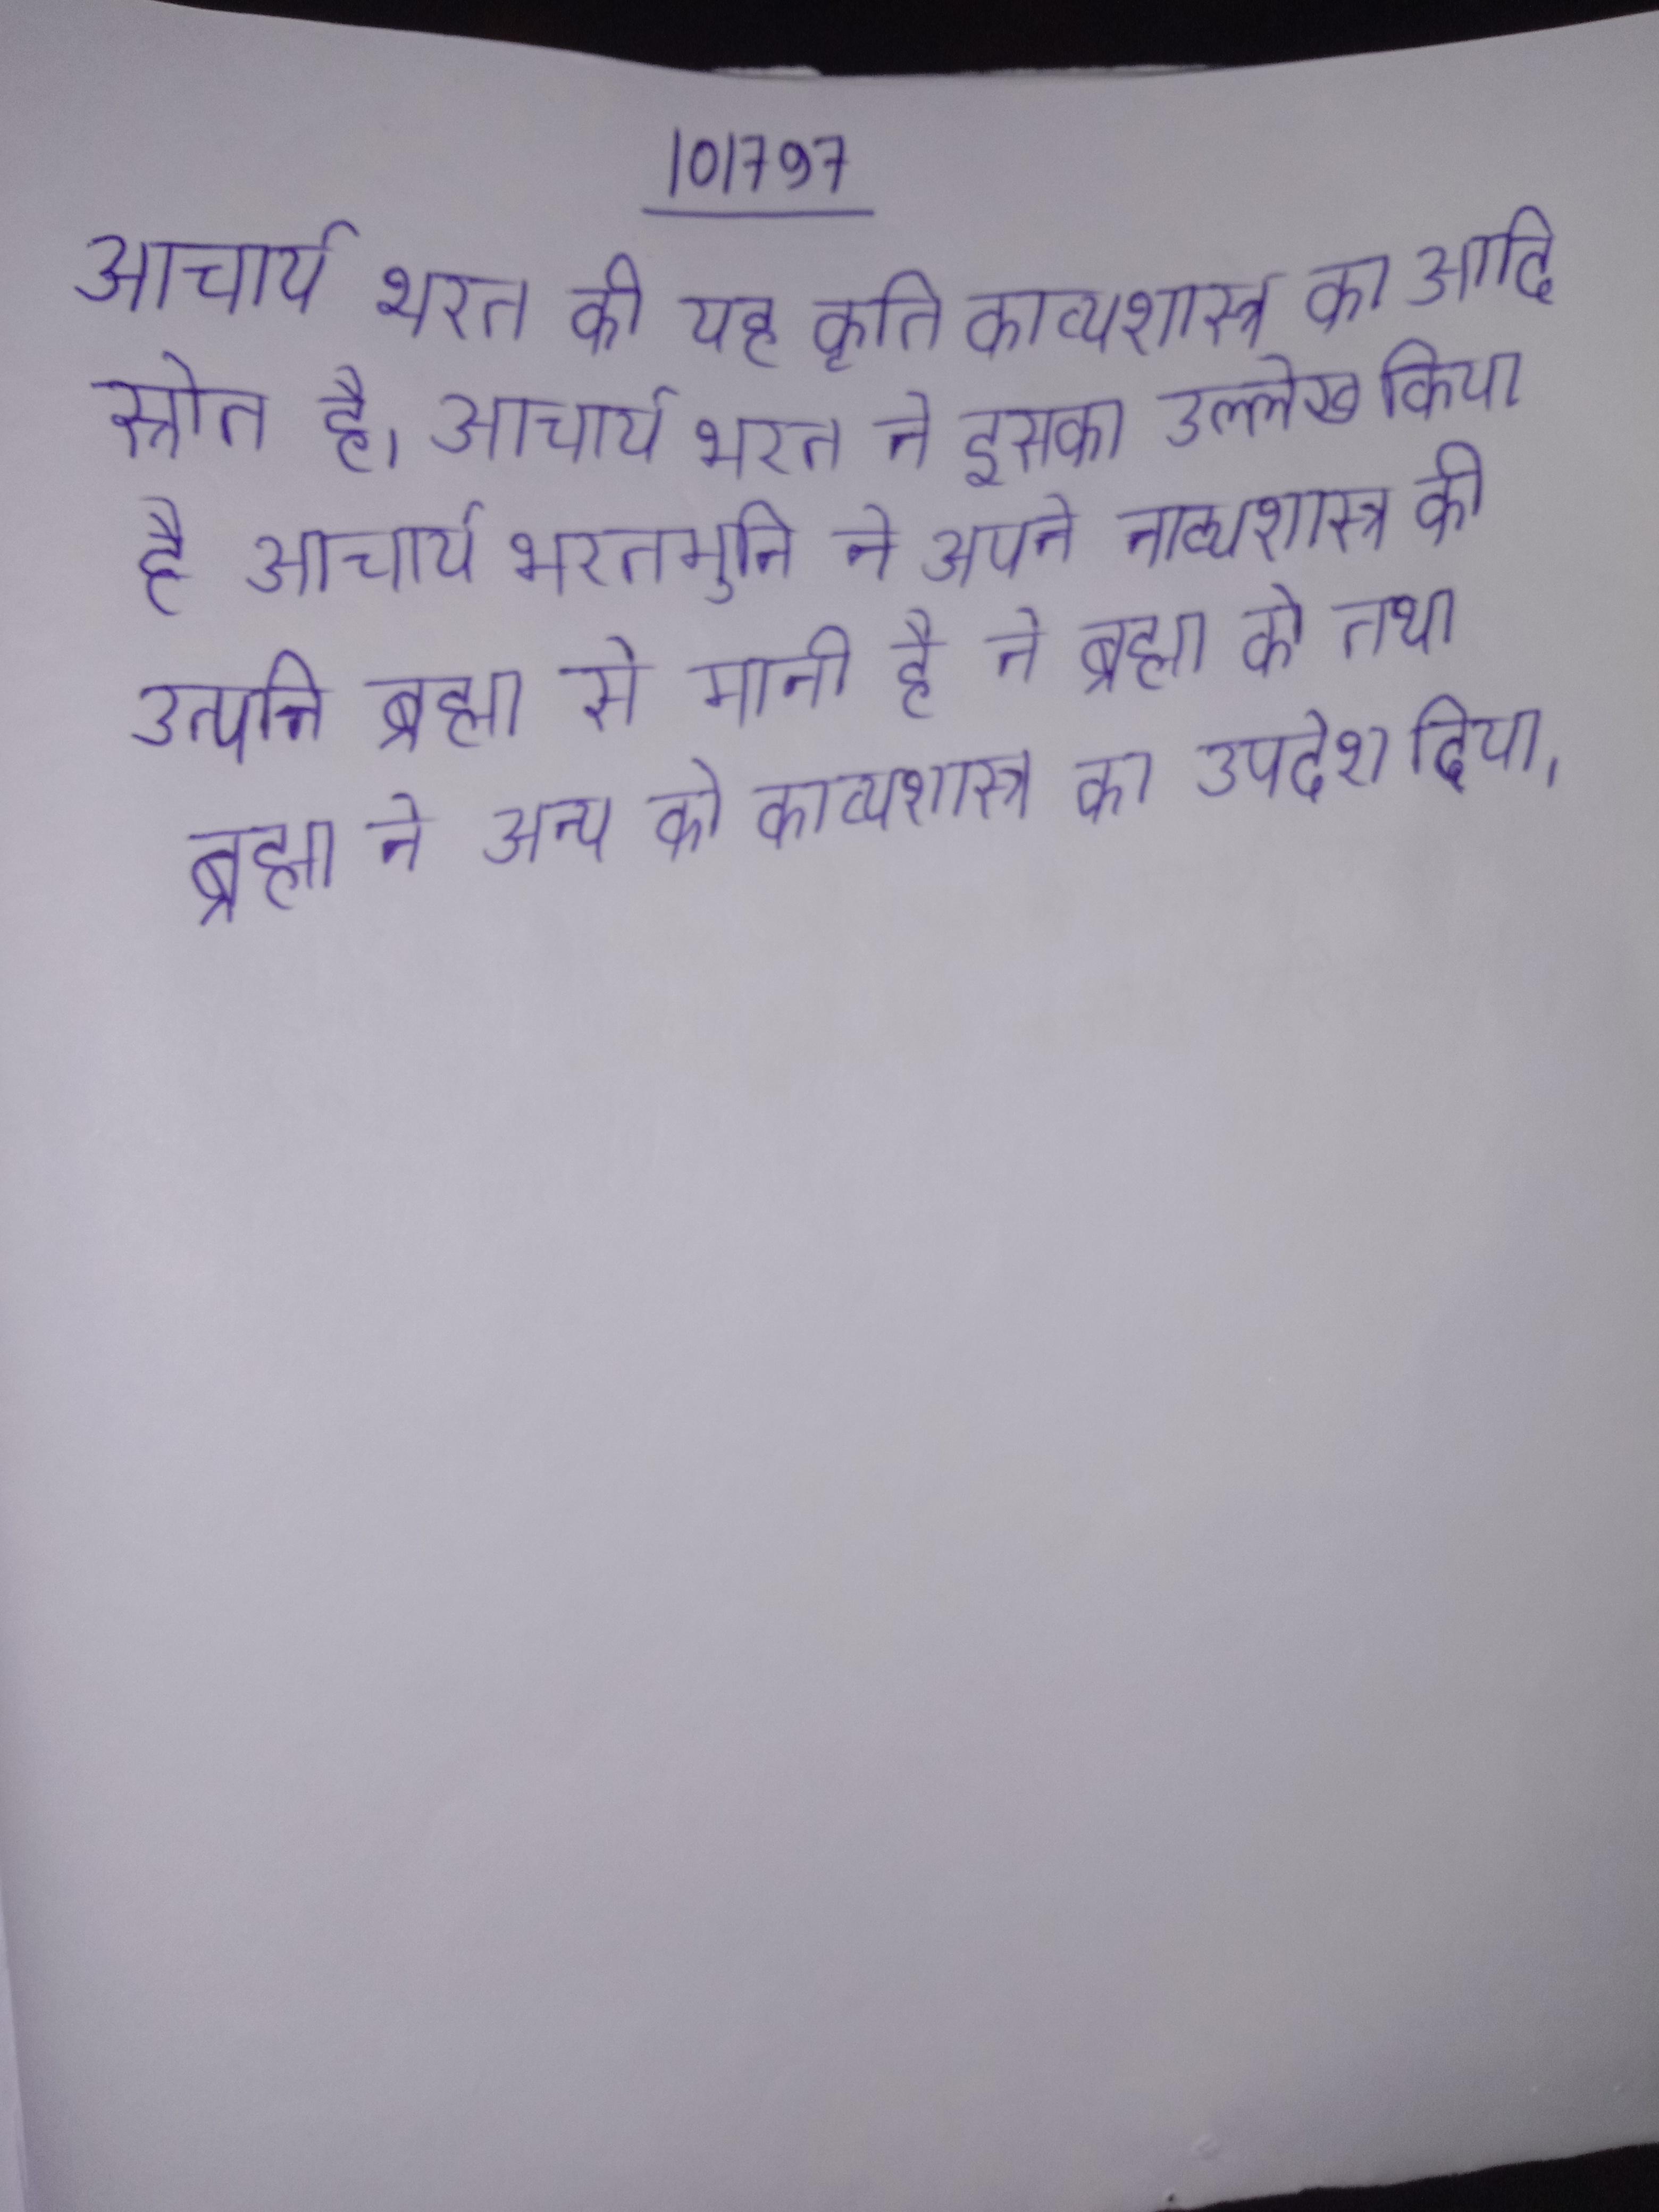
आचार्य भरत की यह कृति काव्यशास्त्र का आदि स्रोत है । आचार्य भरत ने इसका उल्लेख किया है आचार्य भरतमुनि ने अपने नाट्यशास्त्र की उत्पत्ति ब्रह्मा से मानी है ने ब्रह्मा को तथा ब्रह्मा ने अन्य को काव्यशास्त्र का उपदेश दिया ।